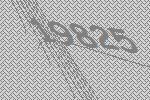
19825